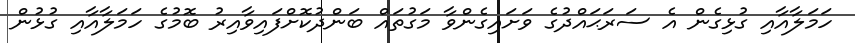
ހަމަލާއާއި ގުޅިގެން އެ ސަރަޙައްދުގެ ވަށައިގެންވާ މަގުތައް ބަންދުކޮށްފައިވާއިރު ބޮމުގެ ހަމަލާއާއި ގުޅުން